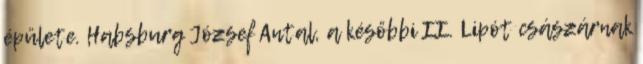
épülete. Habsburg József Antal, a későbbi II. Lipót császárnak